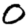
Digit: 0